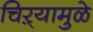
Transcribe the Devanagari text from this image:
चिऱ्यामुळे